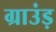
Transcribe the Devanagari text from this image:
ग्राउंड़